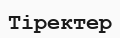
Тіректер